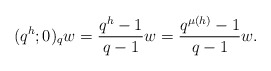
\begin{align*}(q^h; 0)_qw = \frac{q^h-1}{q-1}w = \frac{q^{\mu(h)}-1}{q-1}w.\end{align*}